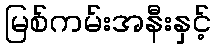
မြစ်ကမ်းအနီးနှင့်